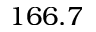
1 6 6 . 7